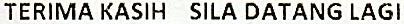
TERIMA KASIH SILA DATANG LAGI